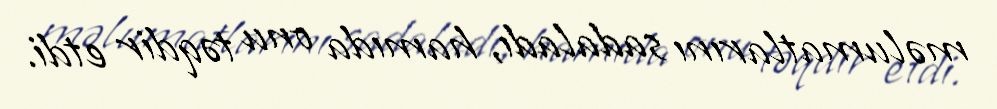
məlumatlarını sadaladı, hamıda onu təqdir etdi.